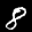
Label: 8